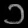
Digit: ၁